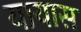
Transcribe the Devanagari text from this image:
यायास